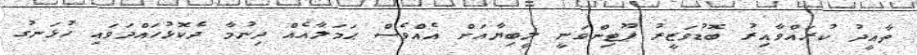
ތާއީދު ކުރައްވާއިރު ބޮޑުވަޒީރު ޕޫޓިންވަނީ ލީބިޔާއަށް އެއްވެސް ޙަމަލާއެއް ދިނުމާ ދެކޮޅުހައްދަވައި ހުޅަނގު